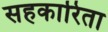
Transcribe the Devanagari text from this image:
सहकारिता